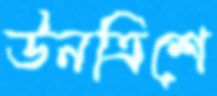
উনত্রিশে